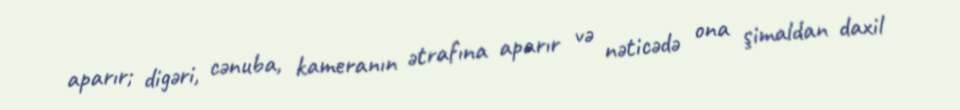
aparır; digəri, cənuba, kameranın ətrafına aparır və nəticədə ona şimaldan daxil